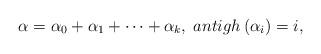
LaTeX: \begin{align*}\alpha =\alpha _0+\alpha _1+\cdots +\alpha _k,\;antigh\left(\alpha _i\right) =i,\end{align*}